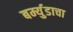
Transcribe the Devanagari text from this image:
बर्म्युडाचा